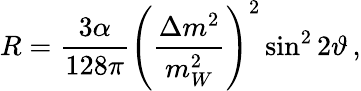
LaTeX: R=\frac{3\alpha}{128\pi}\left(\frac{\Delta{m}^{2}}{m_{W}^{2}}\right)^{2}\sin^{2}2\vartheta\, ,